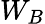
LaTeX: W_{B}